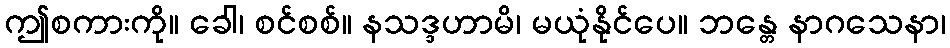
ဤစကားကို။ ခေါ၊ စင်စစ်။ နသဒ္ဒဟာမိ၊ မယုံနိုင်ပေ။ ဘန္တေ နာဂသေနာ၊